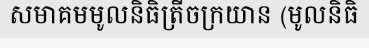
សមាគមមូលនិធិត្រីចក្រយាន (មូលនិធិ